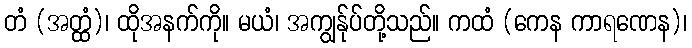
တံ (အတ္ထံ)၊ ထိုအနက်ကို။ မယံ၊ အကျွန်ုပ်တို့သည်။ ကထံ (ကေန ကာရဏေန)၊